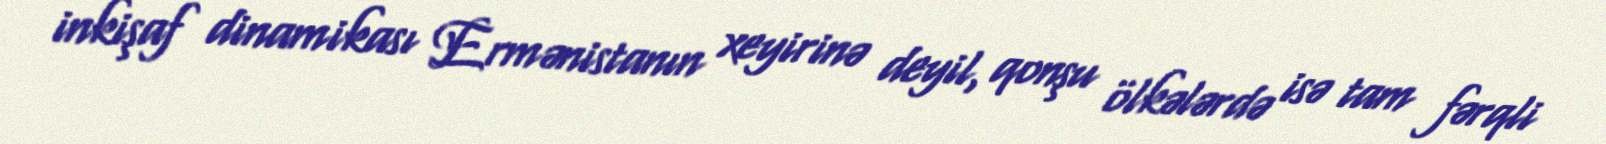
inkişaf dinamikası Ermənistanın xeyirinə deyil, qonşu ölkələrdə isə tam fərqli